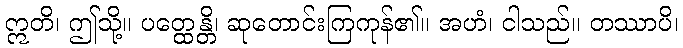
ဣတိ၊ ဤသို့။ ပတ္ထေန္တိ၊ ဆုတောင်းကြကုန်၏။ အဟံ၊ ငါသည်။ တဿာပိ၊